Vaccination United Provinces of Agra and Oudh 1914-1922 - 1914-1922
Year: 1914
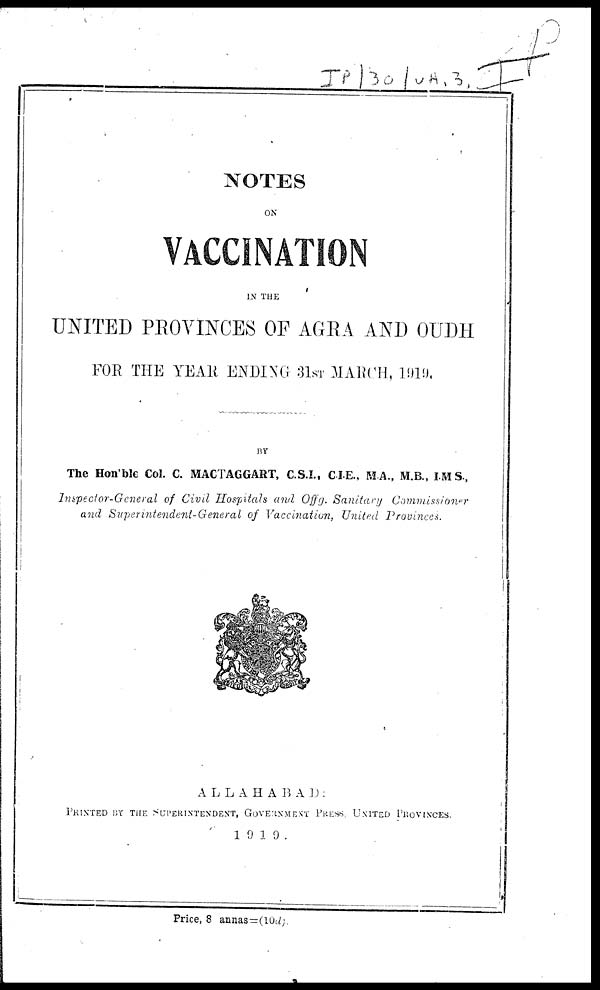
NOTES
ON
VACCINATION
IN THE
UNITED PROVINCES OF AGRA AND OUDH
FOR THE YEAR ENDING 31ST MARCH, 1919.
BY
The Hon'ble Col. C. MACTAGGART, C.S.I., C.I.E., MA., M.B., I.MS.,
Inspector-General of Civil Hospitals and Offg. Sanitary
Commissioner
and Superintendent-General of Vaccination, United Provinces.
ALLAHABAD:
PRINTED BY THE SUPERINTENDENT, GOVERNMENT PRESS, UNITED PROVINCES.
1919.
Price, 8 annas=(10d).